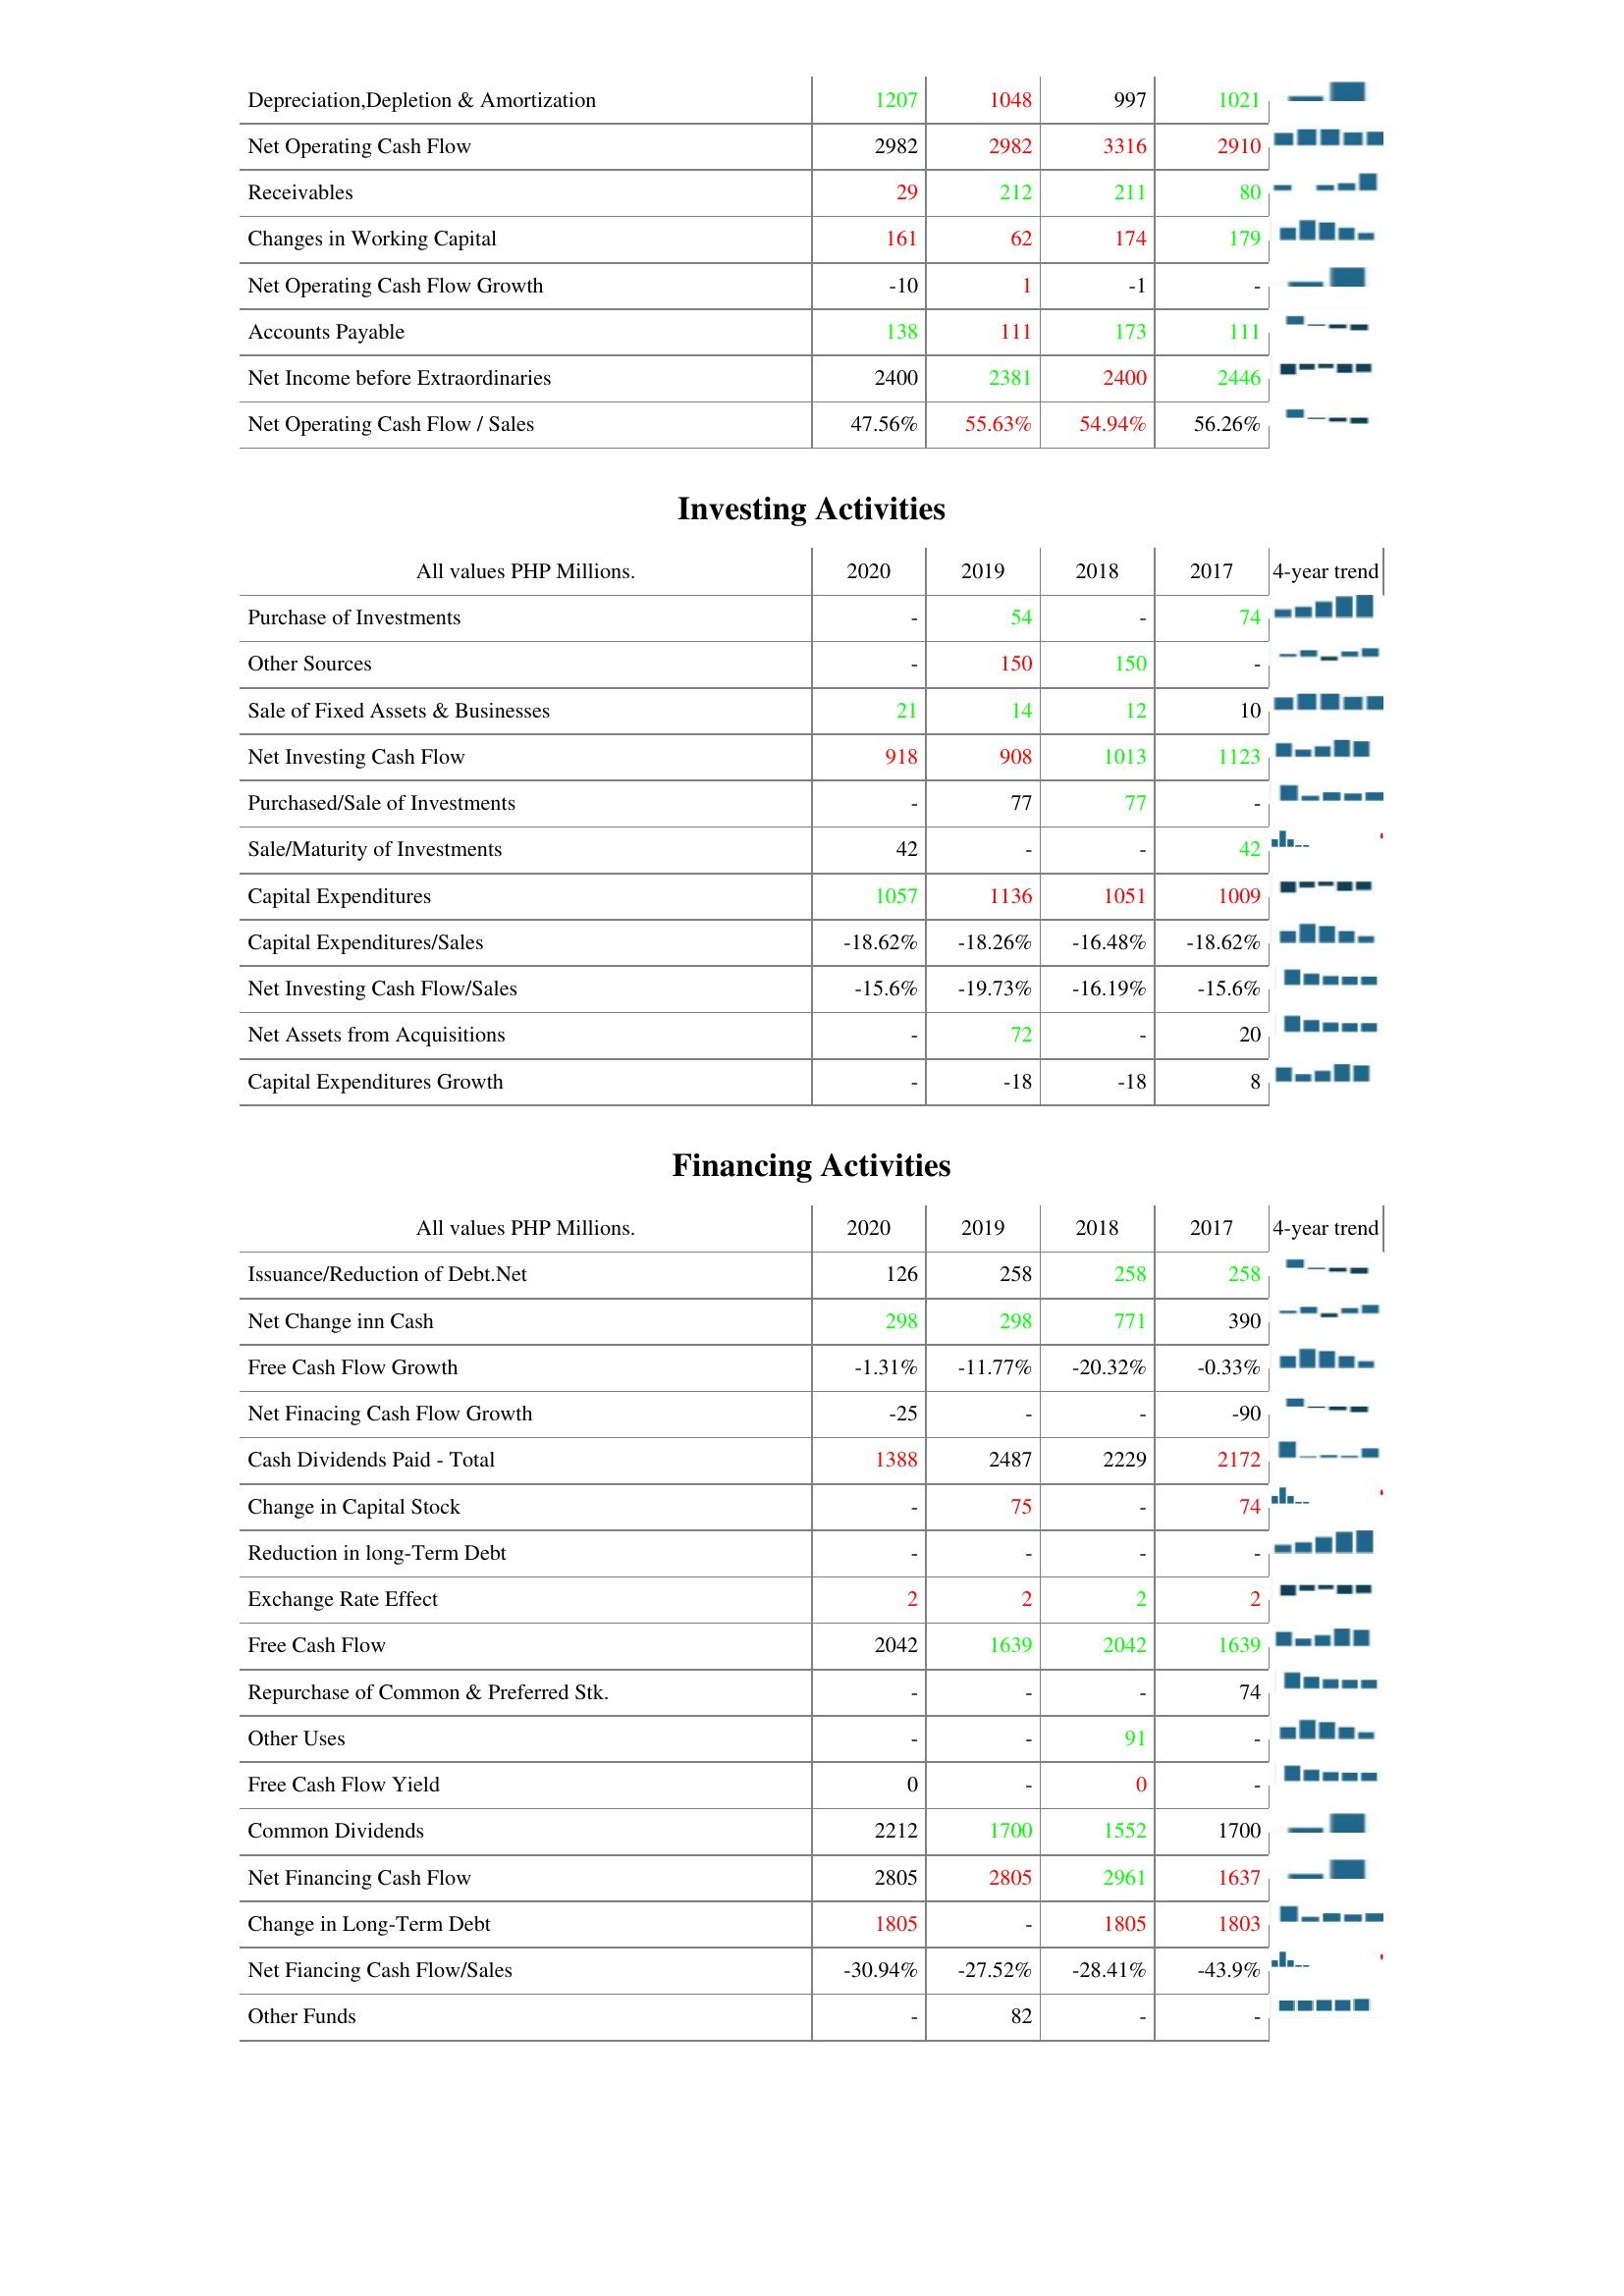
2020: Operating Activities: Depreciation,Depletion & Amortization: 1207
Net Operating Cash Flow: 2982
Receivables: 29
Changes in Working Capital: 161
Net Operating Cash Flow Growth: -10
Accounts Payable: 138
Net Income before Extraordinaries: 2400
Net Operating Cash Flow / Sales: 47.56%
Investing Activities: Purchase of Investments: -
Other Sources: -
Sale of Fixed Assets & Businesses: 21
Net Investing Cash Flow: 918
Purchased/Sale of Investments: -
Sale/Maturity of Investments: 42
Capital Expenditures: 1057
Capital Expenditures/Sales: -18.62%
Net Investing Cash Flow/Sales: -15.6%
Net Assets from Acquisitions: -
Capital Expenditures Growth: -
Financing Activities: Issuance/Reduction of Debt.Net: 126
Net Change inn Cash: 298
Free Cash Flow Growth: -1.31%
Net Finacing Cash Flow Growth: -25
Cash Dividends Paid - Total: 1388
Change in Capital Stock: -
Reduction in long-Term Debt: -
Exchange Rate Effect: 2
Free Cash Flow: 2042
Repurchase of Common & Preferred Stk.: -
Other Uses: -
Free Cash Flow Yield: 0
Common Dividends: 2212
Net Financing Cash Flow: 2805
Change in Long-Term Debt: 1805
Net Fiancing Cash Flow/Sales: -30.94%
Other Funds: -
2019: Operating Activities: Depreciation,Depletion & Amortization: 1048
Net Operating Cash Flow: 2982
Receivables: 212
Changes in Working Capital: 62
Net Operating Cash Flow Growth: 1
Accounts Payable: 111
Net Income before Extraordinaries: 2381
Net Operating Cash Flow / Sales: 55.63%
Investing Activities: Purchase of Investments: 54
Other Sources: 150
Sale of Fixed Assets & Businesses: 14
Net Investing Cash Flow: 908
Purchased/Sale of Investments: 77
Sale/Maturity of Investments: -
Capital Expenditures: 1136
Capital Expenditures/Sales: -18.26%
Net Investing Cash Flow/Sales: -19.73%
Net Assets from Acquisitions: 72
Capital Expenditures Growth: -18
Financing Activities: Issuance/Reduction of Debt.Net: 258
Net Change inn Cash: 298
Free Cash Flow Growth: -11.77%
Net Finacing Cash Flow Growth: -
Cash Dividends Paid - Total: 2487
Change in Capital Stock: 75
Reduction in long-Term Debt: -
Exchange Rate Effect: 2
Free Cash Flow: 1639
Repurchase of Common & Preferred Stk.: -
Other Uses: -
Free Cash Flow Yield: -
Common Dividends: 1700
Net Financing Cash Flow: 2805
Change in Long-Term Debt: -
Net Fiancing Cash Flow/Sales: -27.52%
Other Funds: 82
2018: Operating Activities: Depreciation,Depletion & Amortization: 997
Net Operating Cash Flow: 3316
Receivables: 211
Changes in Working Capital: 174
Net Operating Cash Flow Growth: -1
Accounts Payable: 173
Net Income before Extraordinaries: 2400
Net Operating Cash Flow / Sales: 54.94%
Investing Activities: Purchase of Investments: -
Other Sources: 150
Sale of Fixed Assets & Businesses: 12
Net Investing Cash Flow: 1013
Purchased/Sale of Investments: 77
Sale/Maturity of Investments: -
Capital Expenditures: 1051
Capital Expenditures/Sales: -16.48%
Net Investing Cash Flow/Sales: -16.19%
Net Assets from Acquisitions: -
Capital Expenditures Growth: -18
Financing Activities: Issuance/Reduction of Debt.Net: 258
Net Change inn Cash: 771
Free Cash Flow Growth: -20.32%
Net Finacing Cash Flow Growth: -
Cash Dividends Paid - Total: 2229
Change in Capital Stock: -
Reduction in long-Term Debt: -
Exchange Rate Effect: 2
Free Cash Flow: 2042
Repurchase of Common & Preferred Stk.: -
Other Uses: 91
Free Cash Flow Yield: 0
Common Dividends: 1552
Net Financing Cash Flow: 2961
Change in Long-Term Debt: 1805
Net Fiancing Cash Flow/Sales: -28.41%
Other Funds: -
2017: Operating Activities: Depreciation,Depletion & Amortization: 1021
Net Operating Cash Flow: 2910
Receivables: 80
Changes in Working Capital: 179
Net Operating Cash Flow Growth: -
Accounts Payable: 111
Net Income before Extraordinaries: 2446
Net Operating Cash Flow / Sales: 56.26%
Investing Activities: Purchase of Investments: 74
Other Sources: -
Sale of Fixed Assets & Businesses: 10
Net Investing Cash Flow: 1123
Purchased/Sale of Investments: -
Sale/Maturity of Investments: 42
Capital Expenditures: 1009
Capital Expenditures/Sales: -18.62%
Net Investing Cash Flow/Sales: -15.6%
Net Assets from Acquisitions: 20
Capital Expenditures Growth: 8
Financing Activities: Issuance/Reduction of Debt.Net: 258
Net Change inn Cash: 390
Free Cash Flow Growth: -0.33%
Net Finacing Cash Flow Growth: -90
Cash Dividends Paid - Total: 2172
Change in Capital Stock: 74
Reduction in long-Term Debt: -
Exchange Rate Effect: 2
Free Cash Flow: 1639
Repurchase of Common & Preferred Stk.: 74
Other Uses: -
Free Cash Flow Yield: -
Common Dividends: 1700
Net Financing Cash Flow: 1637
Change in Long-Term Debt: 1803
Net Fiancing Cash Flow/Sales: -43.9%
Other Funds: -